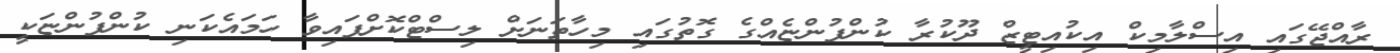
ރާއްޖޭގައި އިސްލާމިކް އިކުއިޓީޒް ދޫކުރާ ކުންފުންޏެއްގެ ގޮތުގައި މިހާތަނަށް ލިސްޓްކޮށްފައިވާ ހަމައެކަނި ކުންފުންޏަކީ